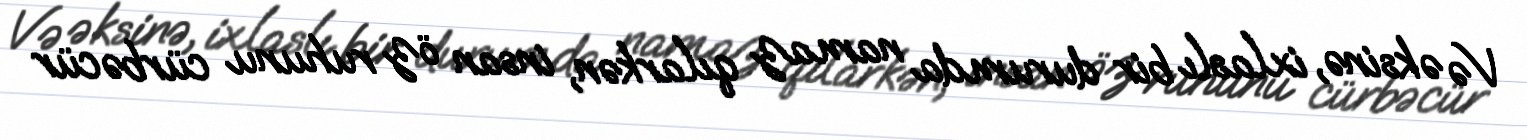
Və əksinə, ixlaslı bir durumda namaz qılarkən, insan öz ruhunu cürbəcür